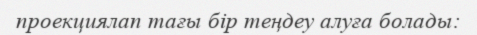
проекциялап тағы бір теңдеу алуға болады: